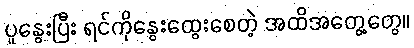
ပူနွေးပြီး ရင်ကိုနွေးထွေးစေတဲ့ အထိအတွေ့တွေ။